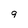
Character: 9